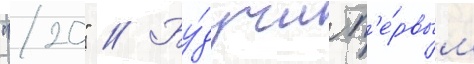
"20" // Бу́дучи п'е́рвым